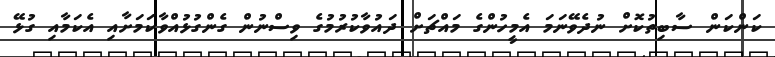
ކަންކަން ސާބިތުކޮށް ނުދެވޭނަމަ އެމީހުންގެ މައްޗަށް ދައުވާކުރުމުގެ ވިސްނުން ގެންގުޅުއްވާކަމަށާއި އެކަމާއި ގުޅޭ